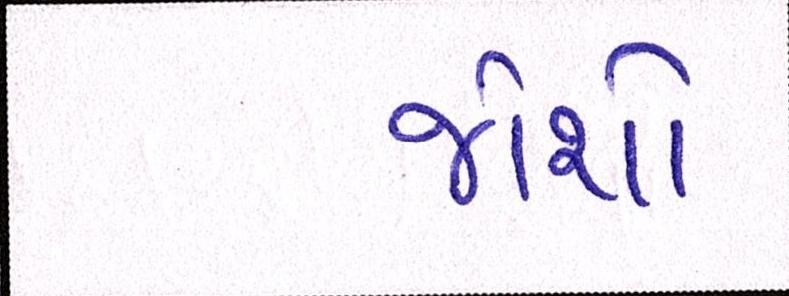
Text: જોશો